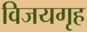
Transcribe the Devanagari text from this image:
विजयगृह